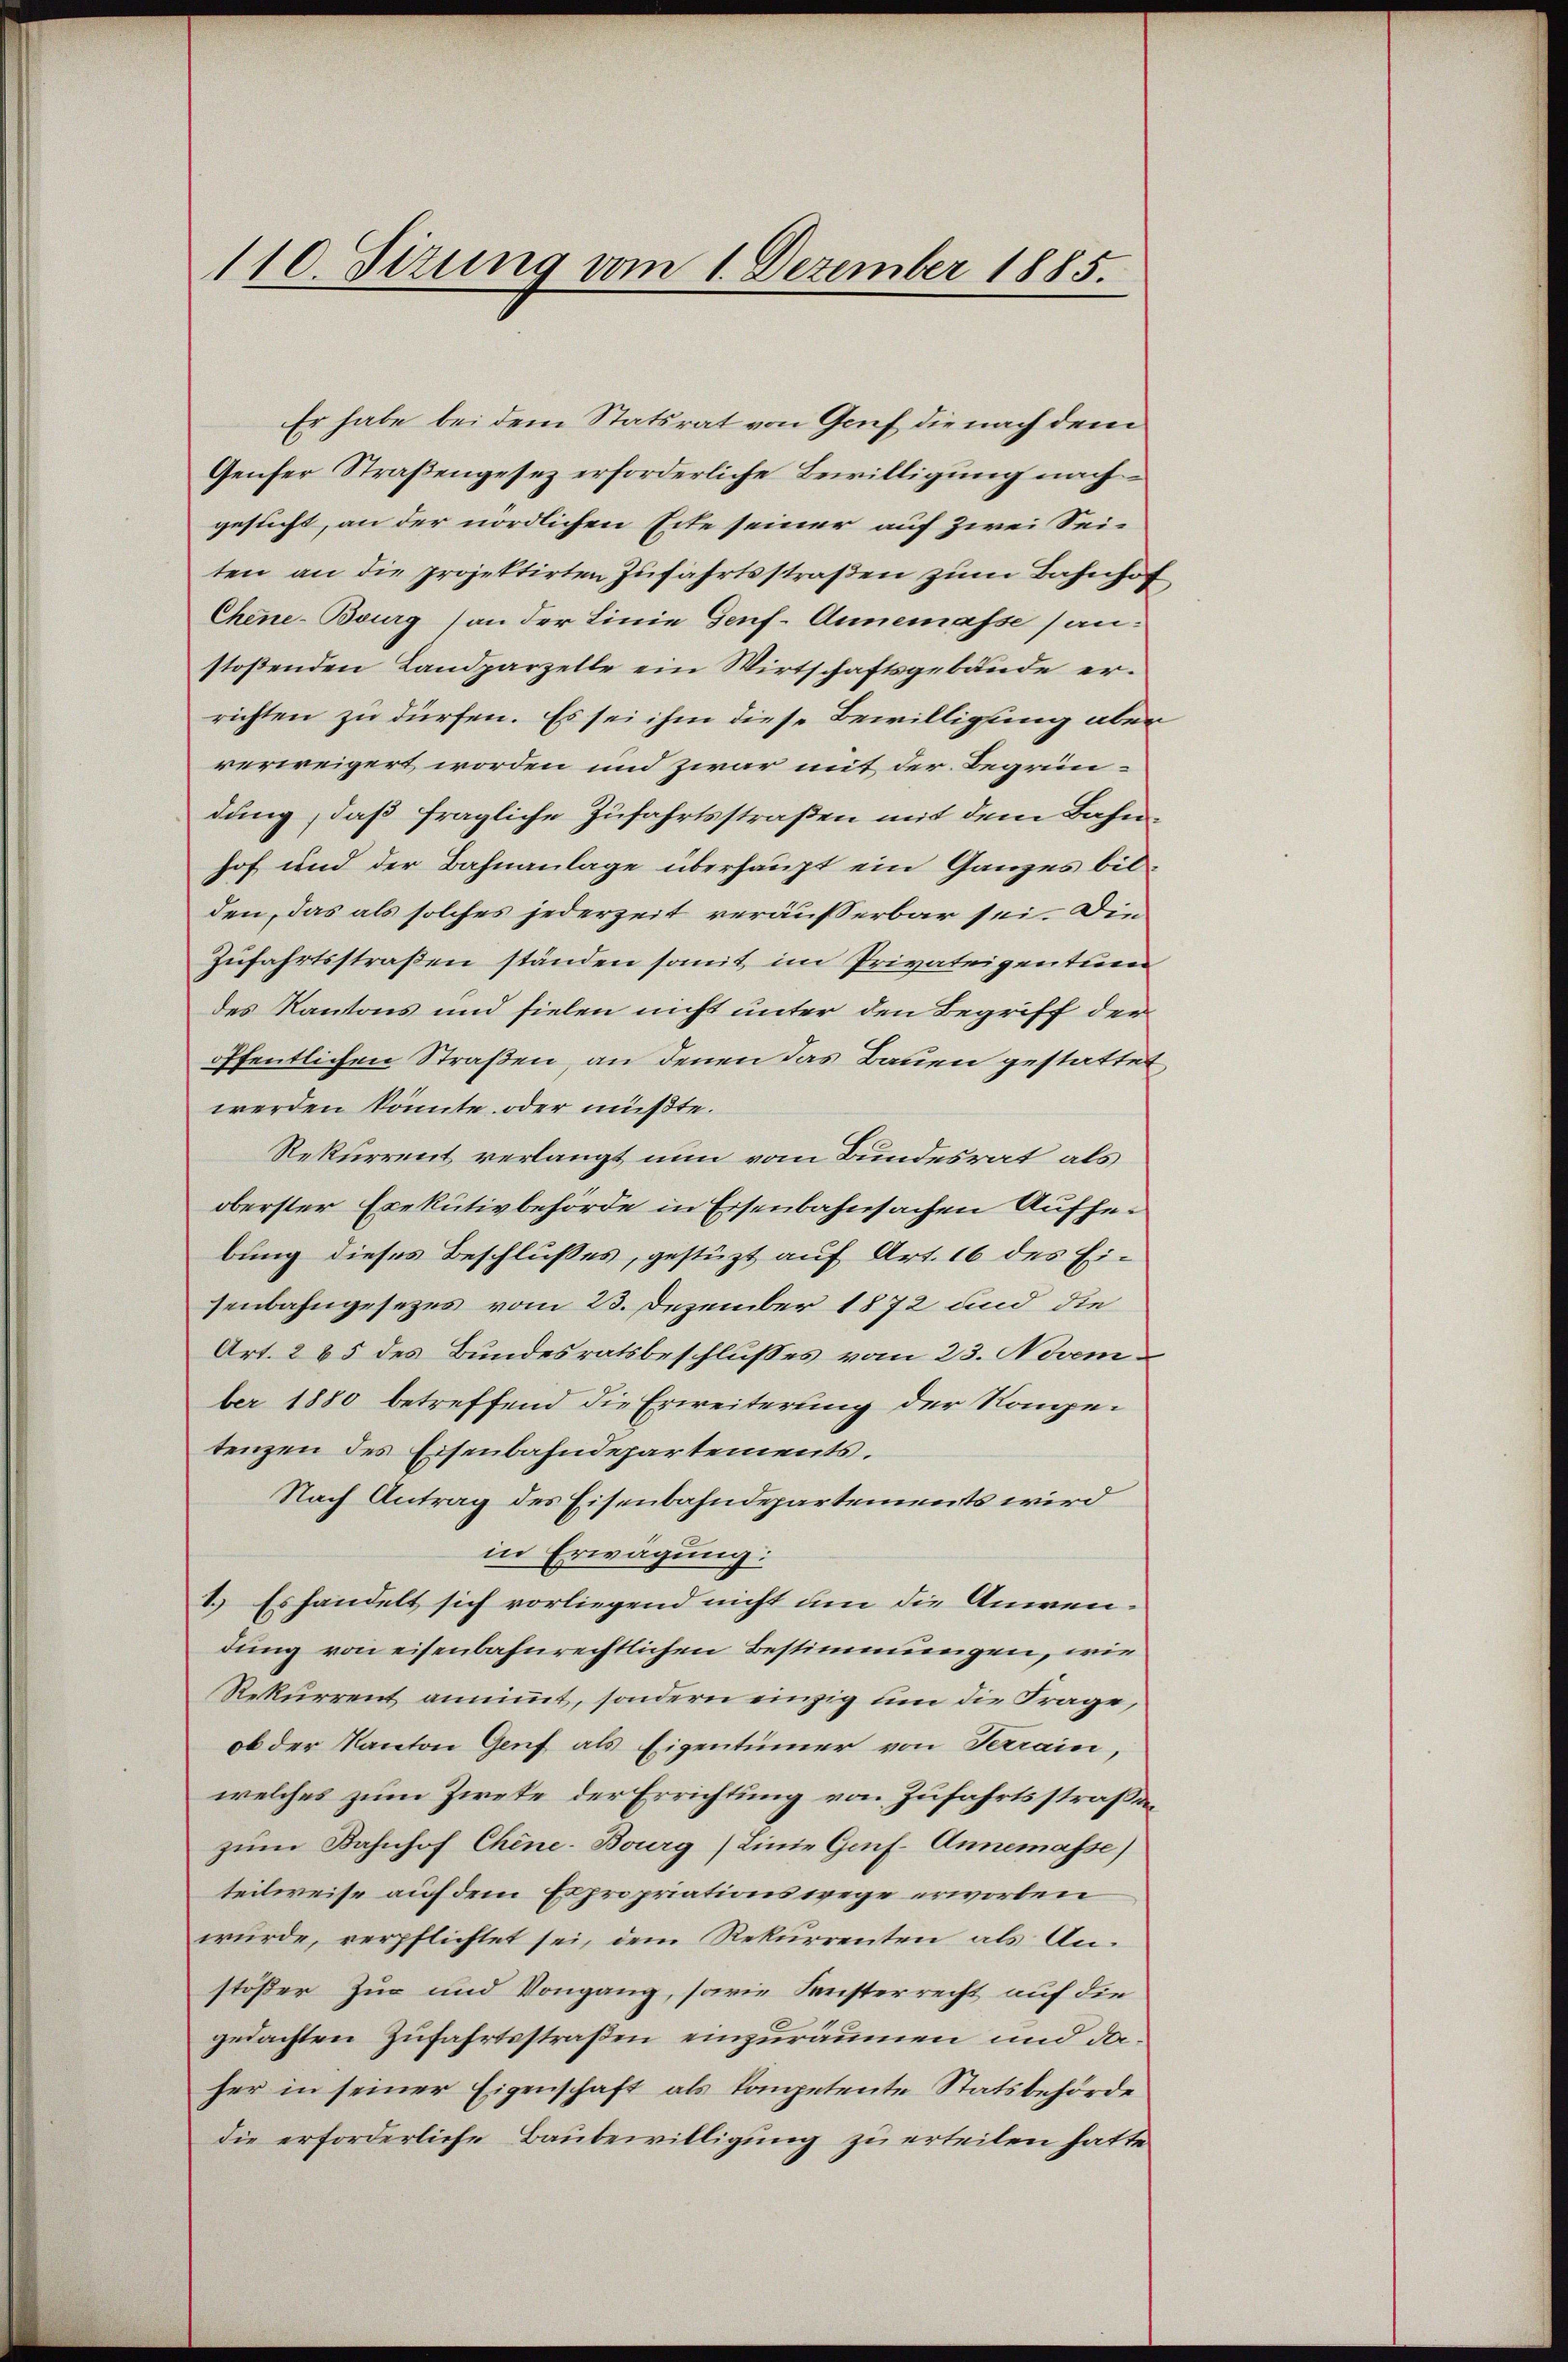
110. Sizung vom 1. Dezember 1885.

Er habe bei dem Statsrat von Genf die nach dem
Genfer Straßengesez erforderliche Bewilligung nach
gesucht, an der nördlichen Eite seiner auf zwei Sei-
ten an die projektirten Zufahrtsstraβen zŭm Bahnhof
Chene-Bourg (an der Linie Genf. Annemasse (an:
stoßenden Landparzelle ein Wirtschaftsgebäude errichten zu dürfen. Es sei ihm diese Bewilligung aber
rerweigert worden und zwar mit der Begründung, daß fragliche Zufahrtsstraßen mit dem Bahnhof und der Bahnanlage überhaupt ein Ganzes bisden, das als solches jederzeit veräusserbar sei. Die
Zufahrtsstraßen ständen somit im Privateigentum
des Kantons und fielen nicht unter den Begriff der
öffentlichen Straßen, an denen das Bauen gestattet
werden könnte oder müßte.
Rekurrent verlangt nun vom Bundesrat als
oberster Exekutivbehörde in Eisenbahnsachen Aufhei
bung dieses Beschlußes, gestüzt auf Art. 16 des Eisenbahngesezes vom 23. Dezember 1872 und die
Art. 285 des Bundesratsbeschlußes vom 23. November 1880 betreffend die Erweiterung der Kompetenzen des Eisenbahndepartements.
Nach Antrag des Eisenbahndepartements wird
in Erwägung:
1.) Es handelt sich vorliegend nicht um die Anwendung von eisenbahnrechtlichen Bestimmungen, wie
Rekurrent annimmt, sondern einzig um die Frage,
ob der Kanton Genf als Eigentümer von Terrain,
welches zum Zwete der Errichtung von Zufahrtsstraßen
zum Bahnhof Chine-Bourg (Linie Genf. Annemasse)
teilweise auf dem Expropriationswege erworben
würde, verpflichtet sei, dem Rekurrenten als Anstößer Zug und Vorgang, sowie Fensterrecht auf die
gedachten Zufahrtsstraßen einzuräumen und daher in seiner Eigenschaft als kompetente Statsbehörde
die erforderliche Baubewilligung zu erteilen hatte.